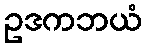
ဥဒကဘယံ